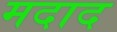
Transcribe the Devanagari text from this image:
मदाद